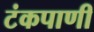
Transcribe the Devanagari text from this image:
टंकपाणी